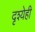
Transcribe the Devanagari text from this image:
दृश्येही